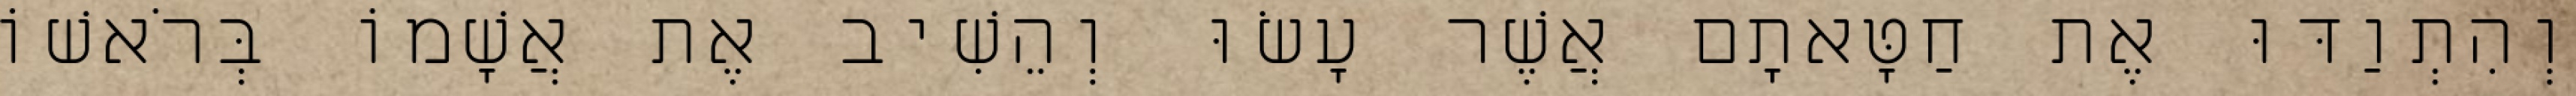
וְהִתְוַדּוּ אֶת חַטָּאתָם אֲשֶׁר עָשׂוּ וְהֵשִׁיב אֶת אֲשָׁמוֹ בְּרֹאשׁוֹ